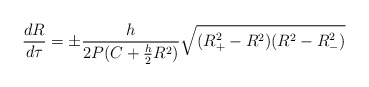
\begin{align*}\frac{dR}{d\tau}=\pm\frac{h}{2P(C+\frac{h}{2}R^2)}\sqrt{(R^2_+-R^2)(R^2-R^2_-)}\end{align*}